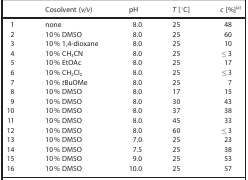
<table><thead><tr><td><b> </b></td><td><b>Cosolvent (<i>v/v</i>)</b></td><td><b>pH</b></td><td><b><i>T</i> [°C]</b></td><td><b><i>c</i> [%]<sup>[a]</sup></b></td></tr></thead><tbody><tr><td>1</td><td>none</td><td>8.0</td><td>25</td><td>48</td></tr><tr><td>2</td><td>10 % DMSO</td><td>8.0</td><td>25</td><td>60</td></tr><tr><td>3</td><td>10 % 1,4‐dioxane</td><td>8.0</td><td>25</td><td>10</td></tr><tr><td>4</td><td>10 % CH<sub>3</sub>CN</td><td>8.0</td><td>25</td><td>≤3</td></tr><tr><td>5</td><td>10 % EtOAc</td><td>8.0</td><td>25</td><td>17</td></tr><tr><td>6</td><td>10 % CH<sub>2</sub>Cl<sub>2</sub></td><td>8.0</td><td>25</td><td>≤3</td></tr><tr><td>7</td><td>10 % <i>t</i>BuOMe</td><td>8.0</td><td>25</td><td>7</td></tr><tr><td>8</td><td>10 % DMSO</td><td>8.0</td><td>17</td><td>15</td></tr><tr><td>9</td><td>10 % DMSO</td><td>8.0</td><td>30</td><td>43</td></tr><tr><td>10</td><td>10 % DMSO</td><td>8.0</td><td>37</td><td>38</td></tr><tr><td>11</td><td>10 % DMSO</td><td>8.0</td><td>45</td><td>33</td></tr><tr><td>12</td><td>10 % DMSO</td><td>8.0</td><td>60</td><td>≤3</td></tr><tr><td>13</td><td>10 % DMSO</td><td>7.0</td><td>25</td><td>23</td></tr><tr><td>14</td><td>10 % DMSO</td><td>7.5</td><td>25</td><td>38</td></tr><tr><td>15</td><td>10 % DMSO</td><td>9.0</td><td>25</td><td>53</td></tr><tr><td>16</td><td>10 % DMSO</td><td>10.0</td><td>25</td><td>57</td></tr></tbody></table>